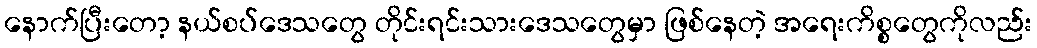
နောက်ပြီးတော့ နယ်စပ်ဒေသတွေ တိုင်းရင်းသားဒေသတွေမှာ ဖြစ်နေတဲ့ အရေးကိစ္စတွေကိုလည်း